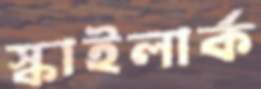
স্কাইলার্ক